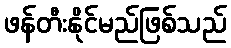
ဖန်တီးနိုင်မည်ဖြစ်သည်